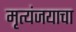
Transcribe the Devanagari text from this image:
मृत्यंजयाचा